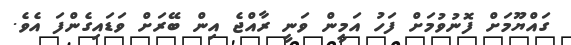
ގައްޔޫމަށް ފޮނުވުމަށް ފަހު އަމީން ވަނީ ރާއްޖެ އިން ބޭރަށް ވަޑައިގެންފަ އެވެ.